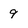
Character: 9